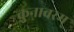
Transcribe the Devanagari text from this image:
कुनावरम्